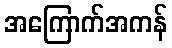
အကြောက်အကန်